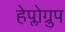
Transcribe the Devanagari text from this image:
हेप्लोग्रुप